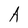
Character: A